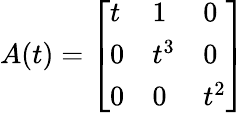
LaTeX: A(t)={\left[\begin{array}{lll}{t}&{1}&{0}\\ {0}&{t^{3}}&{0}\\ {0}&{0}&{t^{2}}\end{array}\right]}